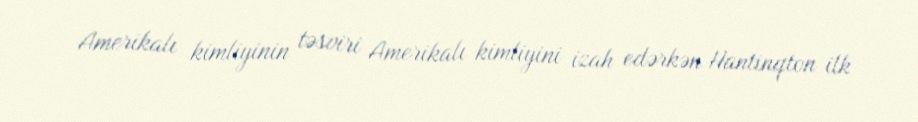
Amerikalı kimliyinin təsviri Amerikalı kimliyini izah edərkən Hantinqton ilk